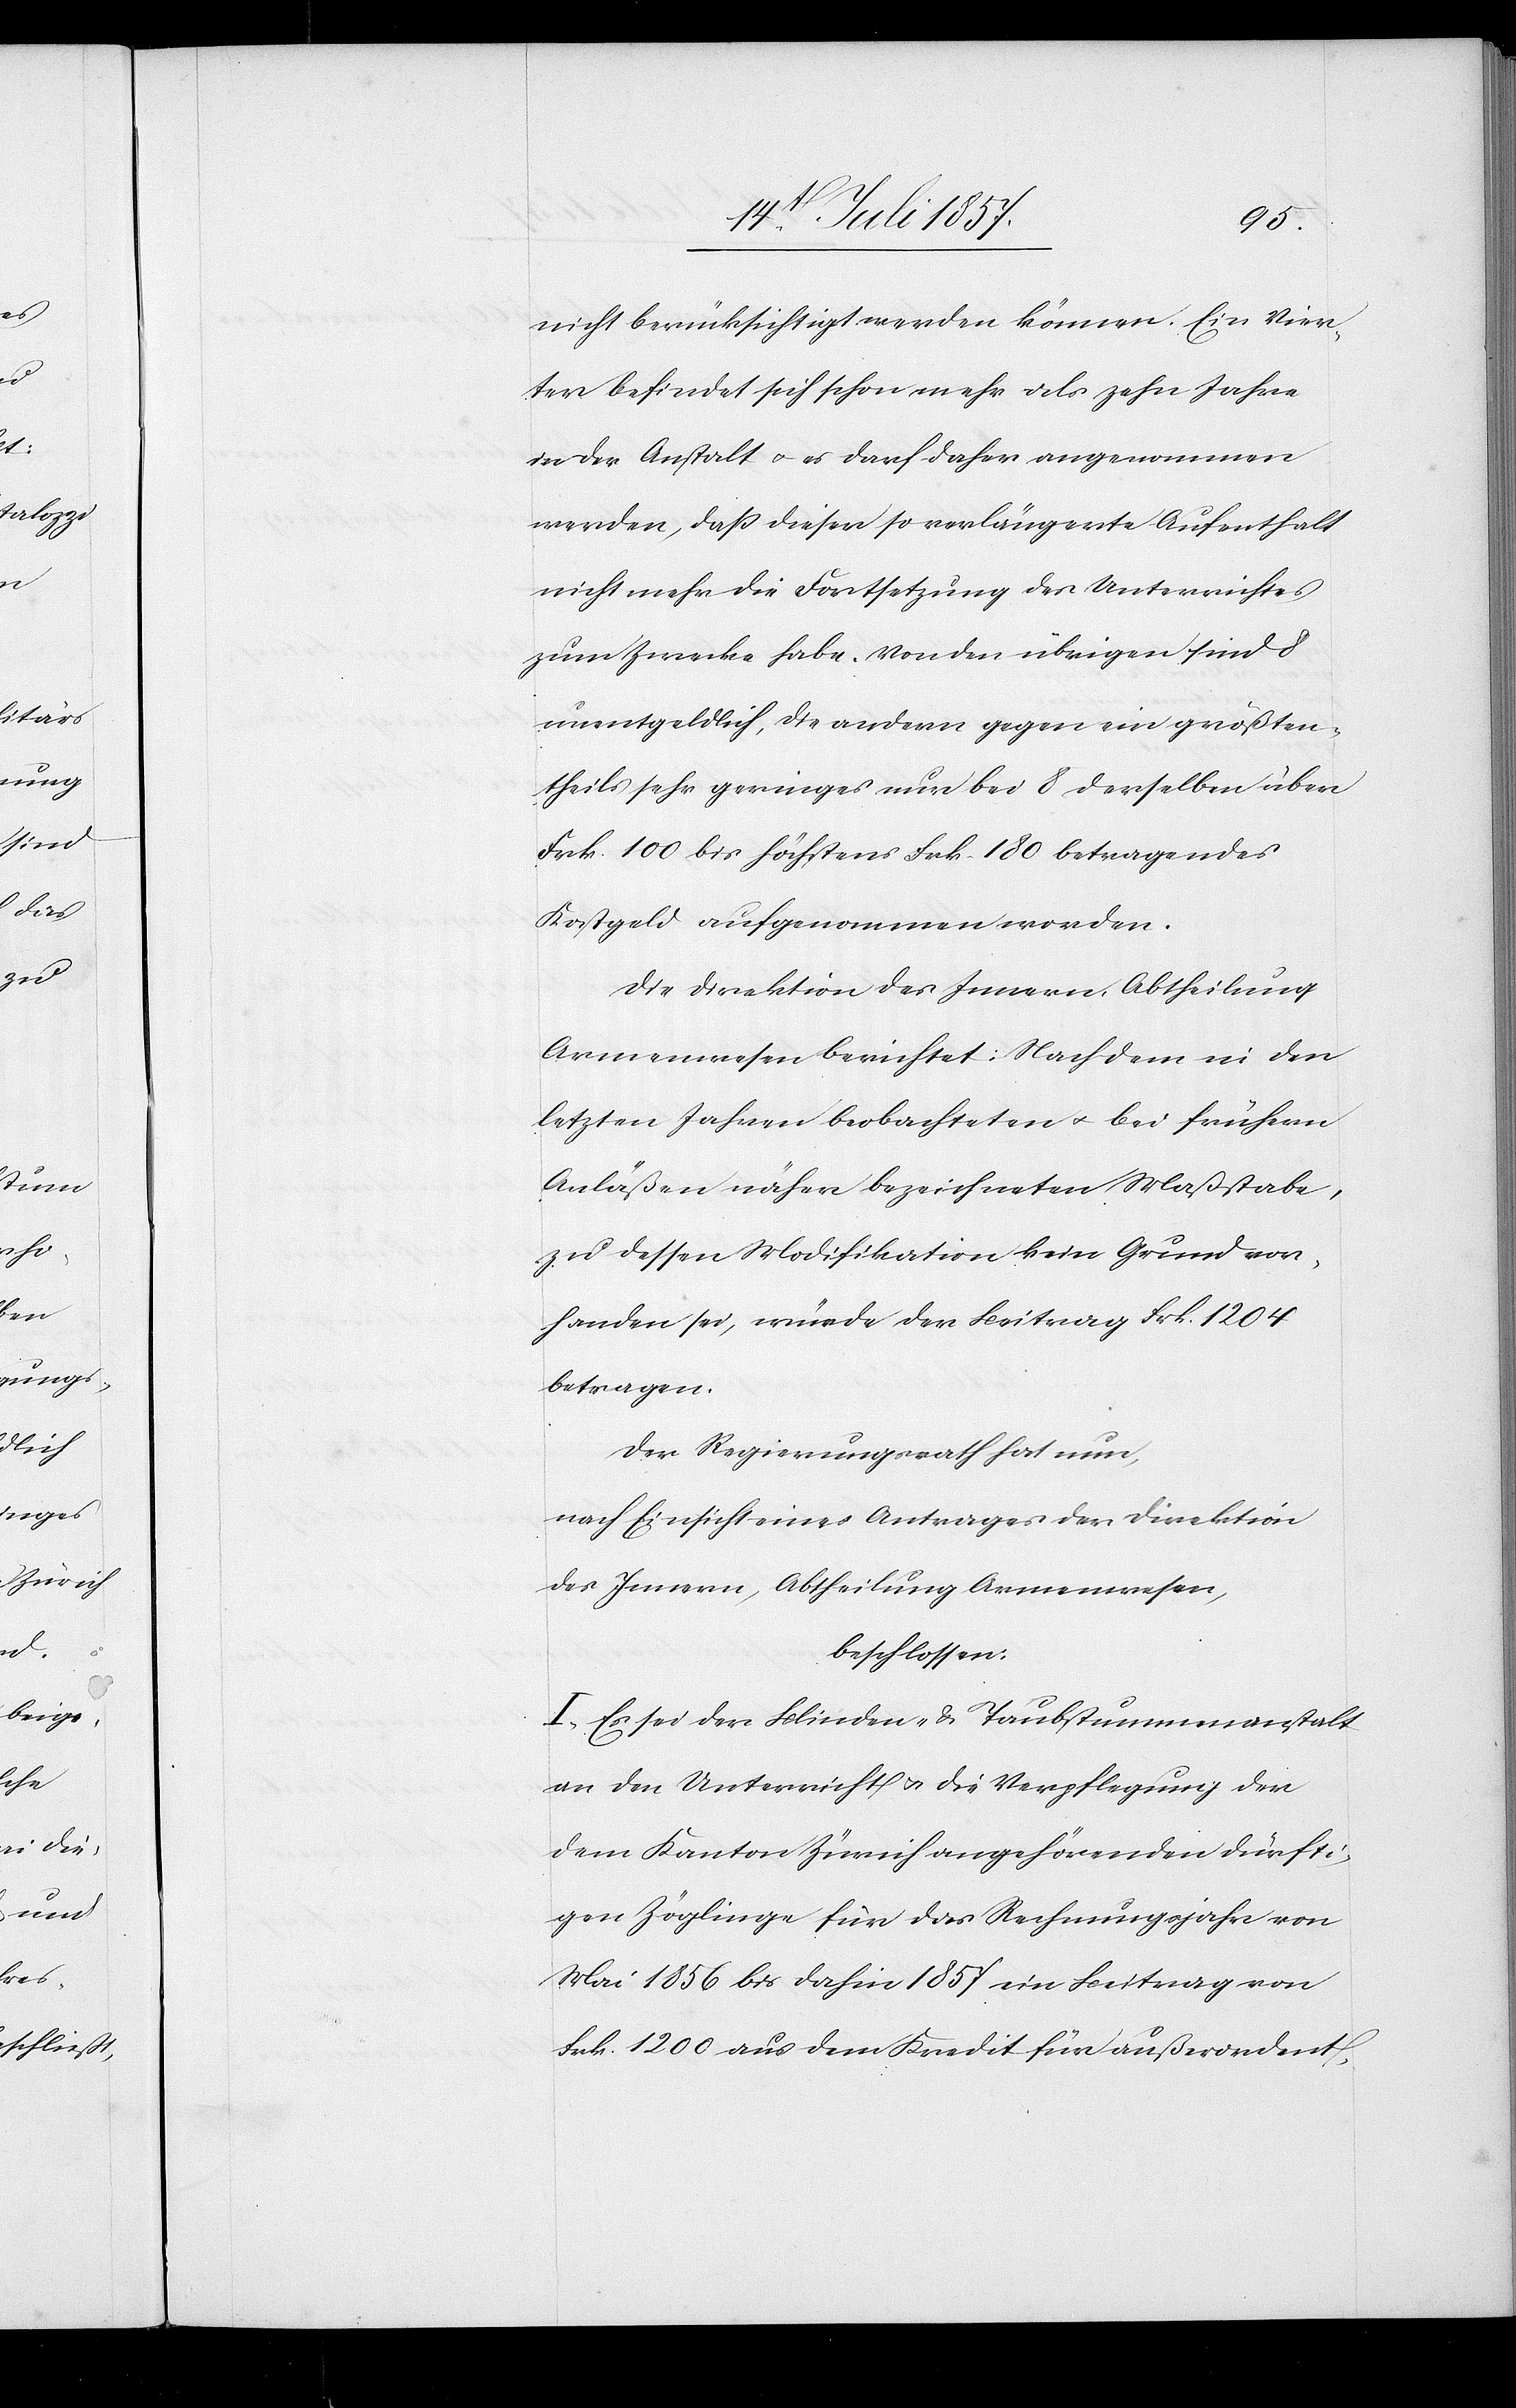
nicht berücksichtigt werden können. Ein Vier¬
ter befindet sich schon mehr als zehn Jahre
in der Anstalt & es darf daher angenommen
werden, daß dieser so verlängerte Aufenthalt
nicht mehr die Fortsetzung des Unterrichtes
zum Zwecke habe. Von den übrigen sind 8
unentgeldlich, die andern gegen ein größten¬
theils sehr geringes nur bei 8 derselben über
Frk. 100 bis höchstens Frk. 180 betragendes
Kostgeld aufgenommen werden.
Die Direktion des Innern, Abtheilung
Armenwesen berichtet: nach dem in den
letzten Jahren beobachteten & bei frühern
Anläßen näher bezeichneten Maßstabe,
zu dessen Modifikation kein Grund vor¬
handen sei, würde der Beitrag Frk. 1 204
betragen.
Der Regierungsrath hat nun,
nach Einsicht eines Antrages der Direktion
des Innern, Abtheilung Armenwesen,
beschlossen:
I. Es sei der Blinden- & Taubstummenanstalt
an den Unterricht & die Verpflegung der
dem Kanton Zürich angehörenden dürfti¬
gen Zöglinge für das Rechnungsjahr von
Mai 1856 bis dahin 1857 ein Beitrag von
Frk. 1 200 aus dem Kredit für außerordent-